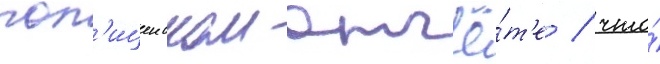
пол'ицеиском отчё́т'е / что́